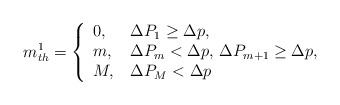
LaTeX: \begin{align*}m_{th}^1 = \left\{ {\begin{array}{*{20}{l}}{0,}&{\,\Delta {P_1} \ge \Delta p,}\\{m,}&{\,\Delta {P_m} < \Delta p,\,\Delta {P_{m + 1}} \ge \Delta p,}\\{M,}&{\,\Delta {P_M} < \Delta p}\end{array}} \right.\end{align*}